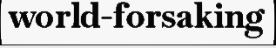
world-forsaking